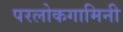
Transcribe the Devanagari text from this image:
परलोकगामिनी